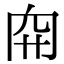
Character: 𥤬